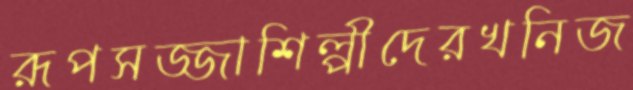
রূপসজ্জাশিল্পীদেরখনিজ